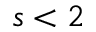
s < 2